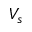
V _ { s }